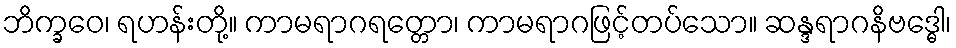
ဘိက္ခဝေ၊ ရဟန်းတို့။ ကာမရာဂရတ္တော၊ ကာမရာဂဖြင့်တပ်သော။ ဆန္ဒရာဂနိဗဒ္ဓေါ၊